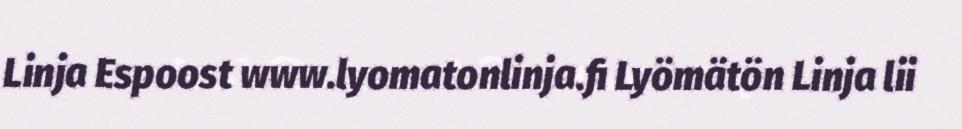
Linja Espoost www.lyomatonlinja.fi Lyömätön Linja lii